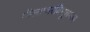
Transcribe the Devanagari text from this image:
नीलाम्बरविभूशणाय